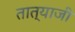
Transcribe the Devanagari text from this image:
तात्याजी